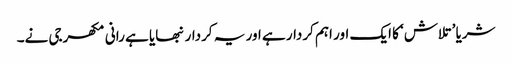
شریا ’تلاش‘ کا ایک اور اہم کردار ہے اور یہ کردار نبھایا ہے رانی مکھرجی نے۔